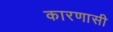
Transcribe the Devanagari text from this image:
कारणासी